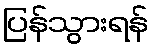
ပြန်သွားရန်